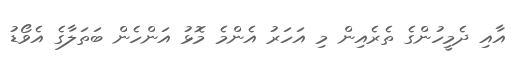
އާއި ދެމީހުންގެ ތެރެއިން މި އަހަރު އެންމެ މޮޅު އަންހެން ބަތަލާގެ އެވޯޑު